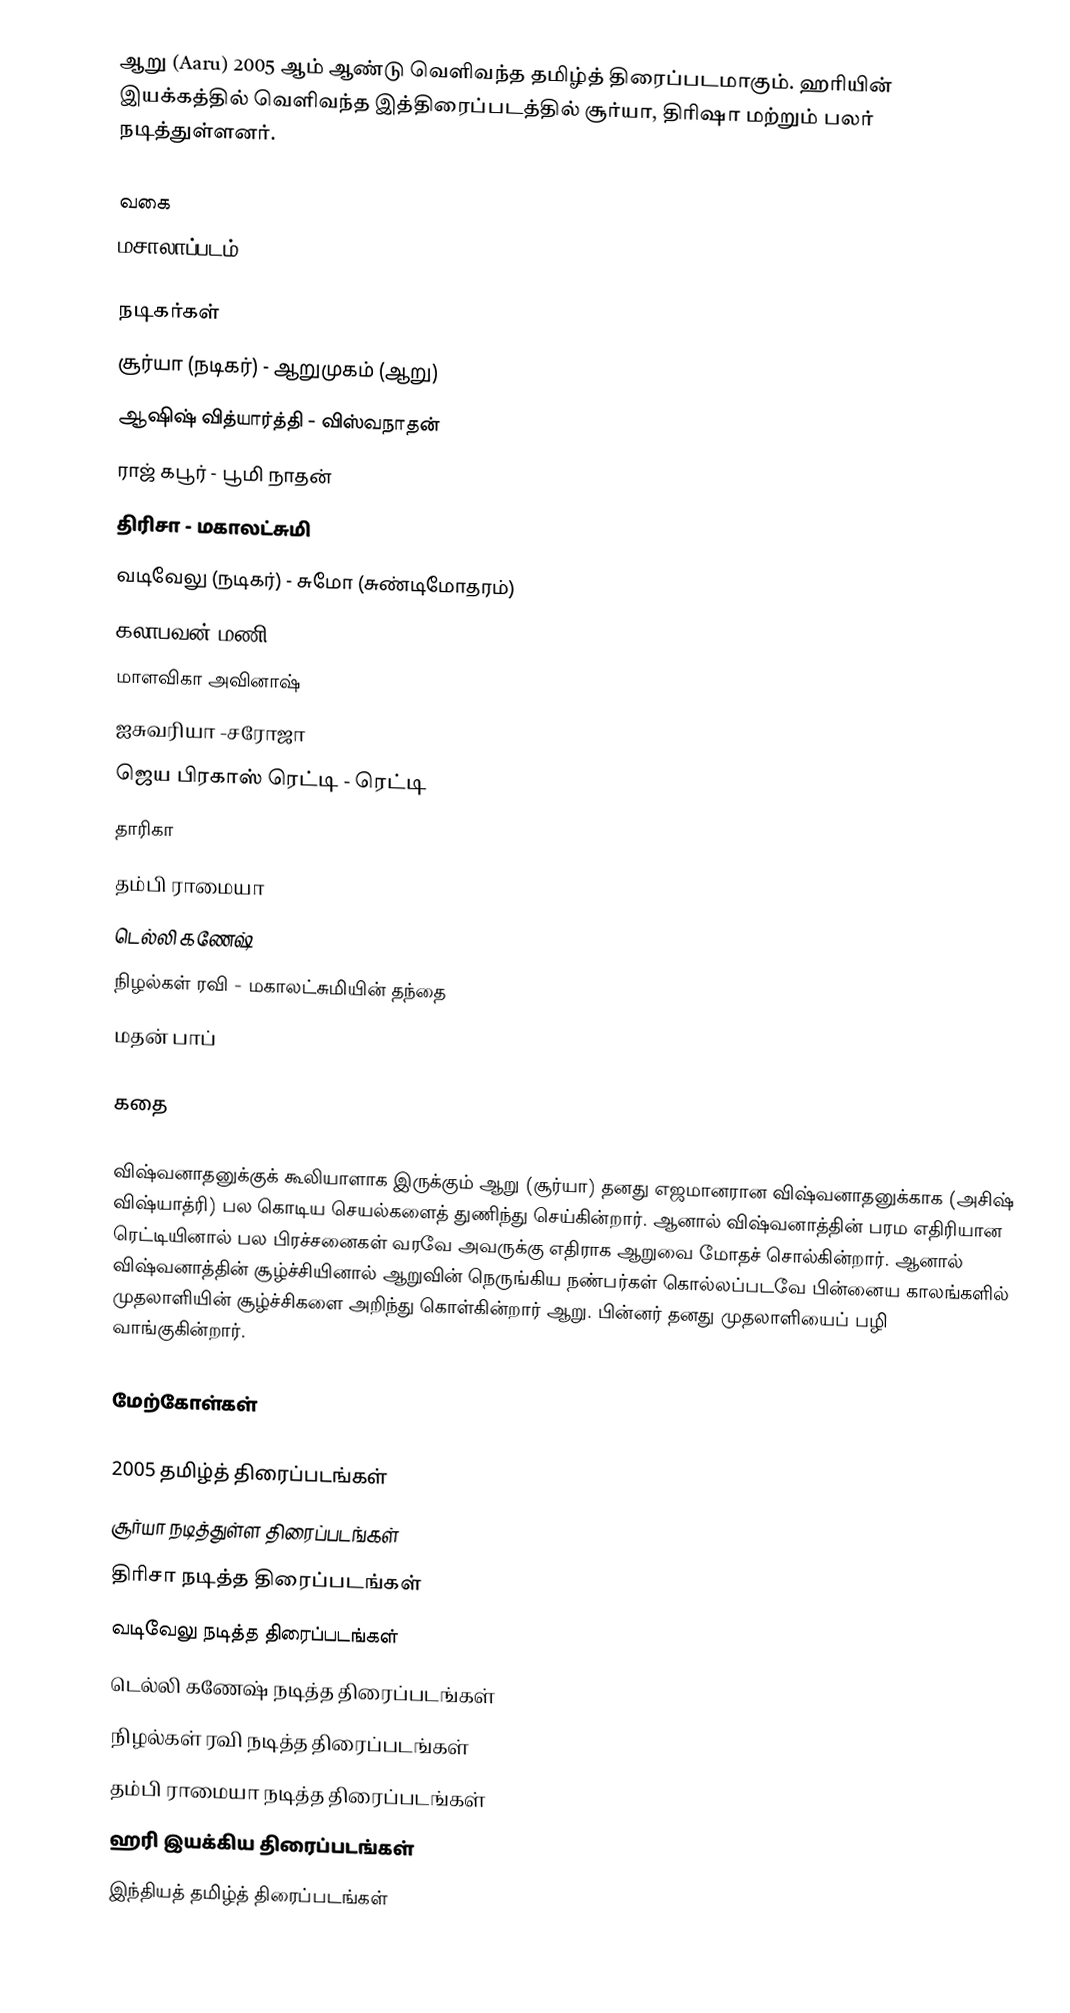
ஆறு (Aaru) 2005 ஆம் ஆண்டு வெளிவந்த தமிழ்த் திரைப்படமாகும். ஹரியின் இயக்கத்தில் வெளிவந்த இத்திரைப்படத்தில் சூர்யா, திரிஷா மற்றும் பலர் நடித்துள்ளனர்.

வகை
மசாலாப்படம்

நடிகர்கள்
 சூர்யா (நடிகர்) - ஆறுமுகம் (ஆறு)
 ஆஷிஷ் வித்யார்த்தி - விஸ்வநாதன்
ராஜ் கபூர் - பூமி நாதன்
 திரிசா - மகாலட்சுமி
 வடிவேலு (நடிகர்) - சுமோ (சுண்டிமோதரம்)
 கலாபவன் மணி
 மாளவிகா அவினாஷ்
 ஐசுவரியா -சரோஜா
 ஜெய பிரகாஸ் ரெட்டி - ரெட்டி
 தாரிகா
 தம்பி ராமையா
 டெல்லி கணேஷ்
 நிழல்கள் ரவி - மகாலட்சுமியின் தந்தை
 மதன் பாப்

கதை

விஷ்வனாதனுக்குக் கூலியாளாக இருக்கும் ஆறு (சூர்யா) தனது எஜமானரான விஷ்வனாதனுக்காக (அசிஷ் விஷ்யாத்ரி) பல கொடிய செயல்களைத் துணிந்து செய்கின்றார். ஆனால் விஷ்வனாத்தின் பரம எதிரியான ரெட்டியினால் பல பிரச்சனைகள் வரவே அவருக்கு எதிராக ஆறுவை மோதச் சொல்கின்றார். ஆனால் விஷ்வனாத்தின் சூழ்ச்சியினால் ஆறுவின் நெருங்கிய நண்பர்கள் கொல்லப்படவே பின்னைய காலங்களில் முதலாளியின் சூழ்ச்சிகளை அறிந்து கொள்கின்றார் ஆறு. பின்னர் தனது முதலாளியைப் பழி வாங்குகின்றார்.

மேற்கோள்கள்

2005 தமிழ்த் திரைப்படங்கள்
சூர்யா நடித்துள்ள திரைப்படங்கள்
திரிசா நடித்த திரைப்படங்கள்
வடிவேலு நடித்த திரைப்படங்கள்
டெல்லி கணேஷ் நடித்த திரைப்படங்கள்
நிழல்கள் ரவி நடித்த திரைப்படங்கள்
தம்பி ராமையா நடித்த திரைப்படங்கள்
ஹரி இயக்கிய திரைப்படங்கள்
இந்தியத் தமிழ்த் திரைப்படங்கள்